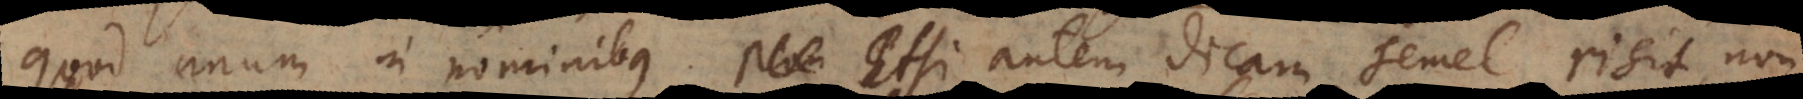
quod unum in nominibus. Etsi autem dicam semel risit, no